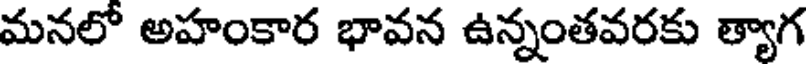
మనలో అహంకార భావన ఉన్నంతవరకు త్యాగ